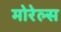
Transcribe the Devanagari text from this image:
मोरेल्स